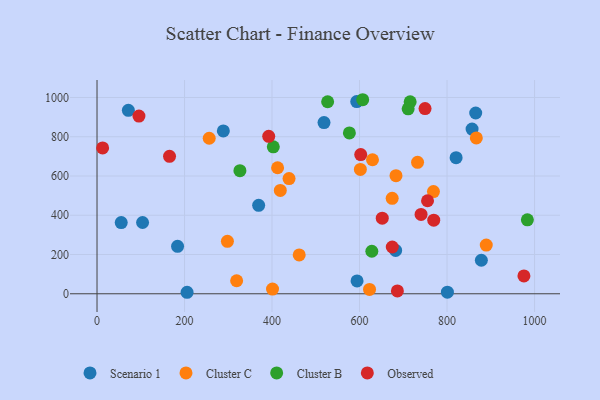
{"axis": {"x": "Engine Size", "y": "Exam Score"}, "legend": ["Cluster B", "Cluster C", "Observed", "Scenario 1"], "data": [{"x": "865.5", "y": 921.0, "type": "Scenario 1"}, {"x": "104.1", "y": 363.0, "type": "Scenario 1"}, {"x": "205.8", "y": 7.6, "type": "Scenario 1"}, {"x": "593.6", "y": 979.1, "type": "Scenario 1"}, {"x": "594.3", "y": 65.2, "type": "Scenario 1"}, {"x": "184.1", "y": 241.5, "type": "Scenario 1"}, {"x": "55.3", "y": 362.7, "type": "Scenario 1"}, {"x": "369.4", "y": 450.4, "type": "Scenario 1"}, {"x": "518.8", "y": 872.4, "type": "Scenario 1"}, {"x": "820.7", "y": 693.6, "type": "Scenario 1"}, {"x": "800.8", "y": 7.9, "type": "Scenario 1"}, {"x": "878.4", "y": 170.8, "type": "Scenario 1"}, {"x": "682.5", "y": 220.6, "type": "Scenario 1"}, {"x": "71.6", "y": 934.8, "type": "Scenario 1"}, {"x": "857.2", "y": 839.1, "type": "Scenario 1"}, {"x": "288.7", "y": 829.5, "type": "Scenario 1"}, {"x": "732.6", "y": 669.7, "type": "Cluster C"}, {"x": "866.9", "y": 793.8, "type": "Cluster C"}, {"x": "418.9", "y": 526.4, "type": "Cluster C"}, {"x": "622.8", "y": 22.1, "type": "Cluster C"}, {"x": "674.6", "y": 486.5, "type": "Cluster C"}, {"x": "768.9", "y": 520.8, "type": "Cluster C"}, {"x": "601.9", "y": 633.4, "type": "Cluster C"}, {"x": "438.9", "y": 587.1, "type": "Cluster C"}, {"x": "462.1", "y": 198.0, "type": "Cluster C"}, {"x": "401.1", "y": 24.1, "type": "Cluster C"}, {"x": "412.7", "y": 642.0, "type": "Cluster C"}, {"x": "629.6", "y": 682.9, "type": "Cluster C"}, {"x": "298.0", "y": 267.2, "type": "Cluster C"}, {"x": "889.6", "y": 248.1, "type": "Cluster C"}, {"x": "683.3", "y": 601.7, "type": "Cluster C"}, {"x": "256.4", "y": 792.4, "type": "Cluster C"}, {"x": "319.1", "y": 66.2, "type": "Cluster C"}, {"x": "402.9", "y": 748.4, "type": "Cluster B"}, {"x": "715.7", "y": 977.7, "type": "Cluster B"}, {"x": "527.1", "y": 978.4, "type": "Cluster B"}, {"x": "983.6", "y": 376.5, "type": "Cluster B"}, {"x": "576.8", "y": 819.2, "type": "Cluster B"}, {"x": "711.1", "y": 942.2, "type": "Cluster B"}, {"x": "607.2", "y": 988.6, "type": "Cluster B"}, {"x": "628.1", "y": 216.7, "type": "Cluster B"}, {"x": "326.6", "y": 626.9, "type": "Cluster B"}, {"x": "740.6", "y": 404.1, "type": "Observed"}, {"x": "674.8", "y": 238.3, "type": "Observed"}, {"x": "95.8", "y": 905.4, "type": "Observed"}, {"x": "165.7", "y": 700.3, "type": "Observed"}, {"x": "602.7", "y": 709.3, "type": "Observed"}, {"x": "686.5", "y": 14.4, "type": "Observed"}, {"x": "769.6", "y": 374.9, "type": "Observed"}, {"x": "392.4", "y": 802.0, "type": "Observed"}, {"x": "651.9", "y": 385.3, "type": "Observed"}, {"x": "12.8", "y": 743.1, "type": "Observed"}, {"x": "755.4", "y": 473.9, "type": "Observed"}, {"x": "975.7", "y": 90.8, "type": "Observed"}, {"x": "749.7", "y": 943.3, "type": "Observed"}]}